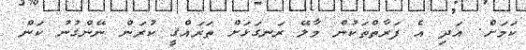
ކަމަށް. އަދި އެ ފަރާތްތަކުން މާލޭ ރަނގަޅަށް ތަރައްޤީ ކުރަން ނޭންގުނު ކަން